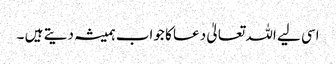
اسی لیے اللہ تعالیٰ دعا کا جواب ہمیشہ دیتے ہیں ۔